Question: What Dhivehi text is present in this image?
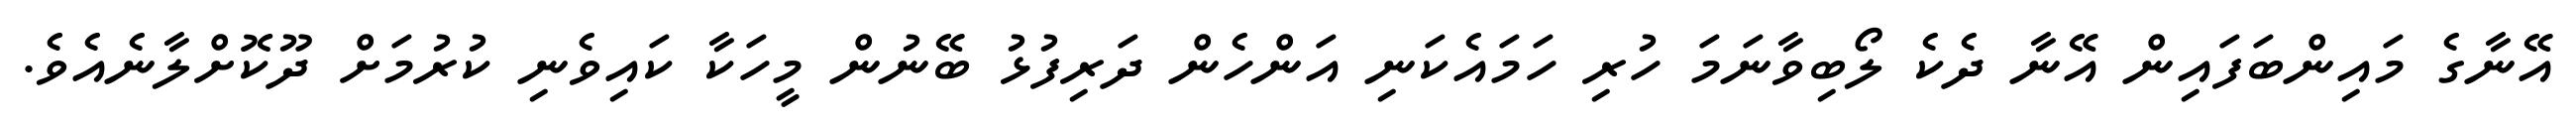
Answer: އޭނާގެ މައިންބަފައިން އޭނާ ދެކެ ލޯބިވާނަމަ ހުރި ހަމައެކަނި އަންހެން ދަރިފުޅު ބޭނުން މީހަކާ ކައިވެނި ކުރުމަށް ދޫކޮށްލާނެއެވެ.